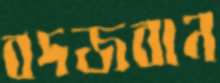
বদজবান